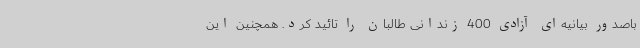
باصدور بیانیه‌ای آزادی 400 زندانی طالبان را تائید کرد. همچنین این